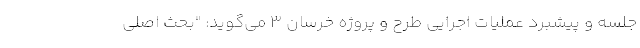
جلسه و پیشبرد عملیات اجرایی طرح و پروژه خرسان ۳ می‌گوید: "بحث اصلی